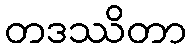
တဒဿိတာ